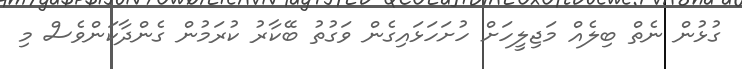
ގުޅުން ނެތް ބިލެއް މަޖިލީހަށް ހުށަހަޅައިގެން ވަގުތު ބޭކާރު ކުރަމުން ގެންދާކަންވެސް މިި